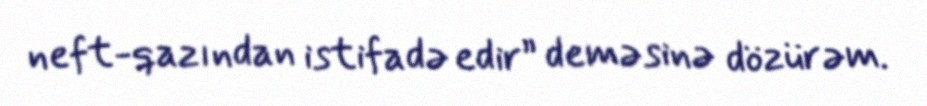
neft-qazından istifadə edir” deməsinə dözürəm.